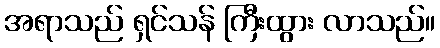
အရာသည် ရှင်သန် ကြီးထွား လာသည်။